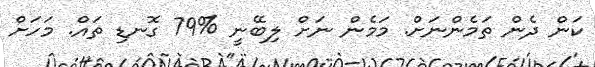
ކަން ދެން ތަމެންނަށް. މަމެން ނަށް ލިބޭނީ %79 ގޮނޑި ތައް. މަހަށް